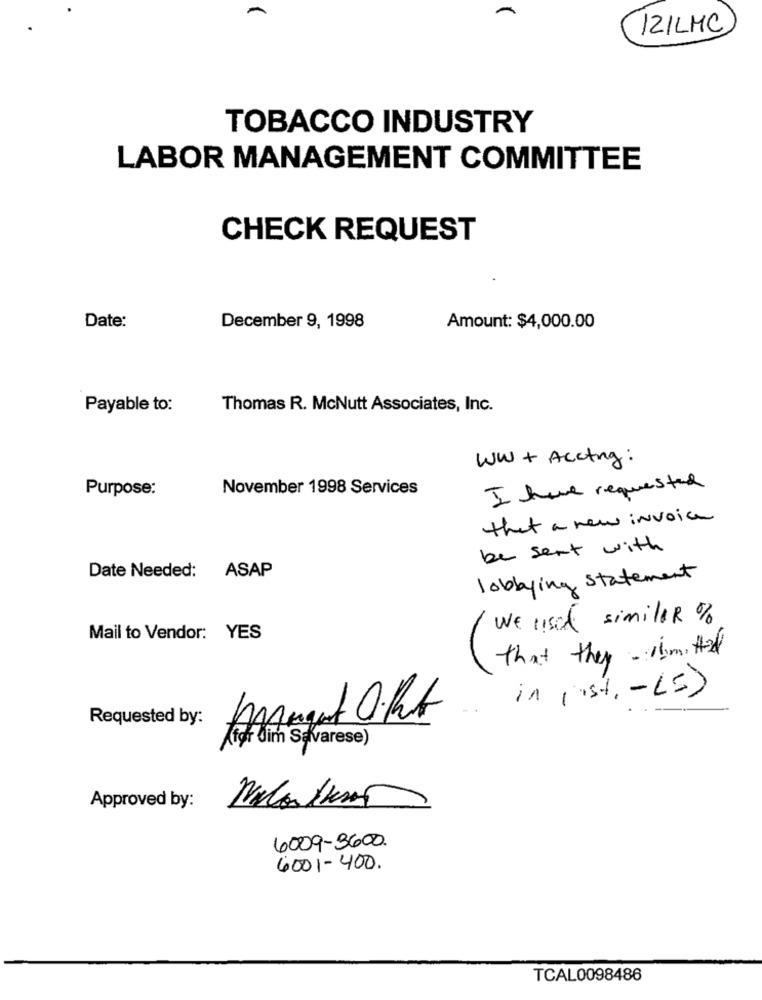
IZILMC
TOBACCO INDUSTRY
LABOR MANAGEMENT COMMITTEE
CHECK REQUEST
Date:
December 9, 1998
Amount: $4,000.00
Payable to:
Thomas R. McNutt Associates, Inc.
WW + Accting:
Purpose:
November 1998 Services
I have requested
that a new invoice
be sent with
Date Needed: ASAP
lobbying statement
We used similar %
Mail to Vendor: YES
that they - mitad
in ( ist, - LE)
Requested by:
(for Jim Savarese)
Approved by:
6009-3600.
6001-400.
TCAL0098486